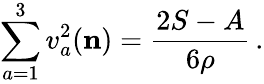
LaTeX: \sum_{a=1}^{3}v_{a}^{2}({\mathbf{n}})=\frac{2S-A}{6\rho}\, .